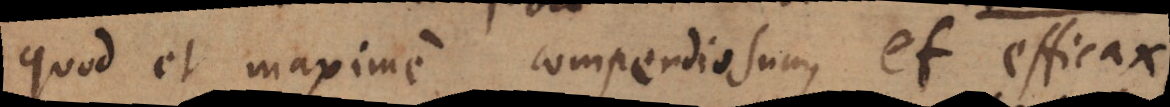
quod et maxime compendiosum, et efficax